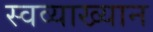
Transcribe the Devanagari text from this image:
स्वव्याख्यान